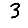
Digit: 3